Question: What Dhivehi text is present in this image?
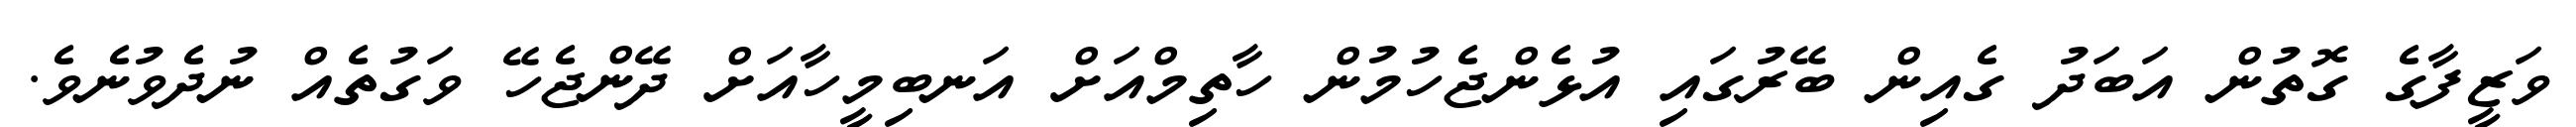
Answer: ވަޒީފާގެ ގޮތުން އަބަދު ގެއިން ބޭރުގައި އުޅެންޖެހުމުން ހާތިމްއަށް އަނބިމީހާއަށް ދޭންޖެހޭ ވަގުތެއް ނުދެވުނެވެ.